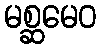
မစ္ဆမေဝ